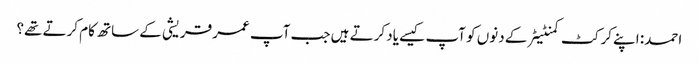
احمد: اپنے کرکٹ کمنٹیٹر کے دنوں کو آپ کیسے یاد کرتے ہیں جب آپ عمر قریشی کے ساتھ کام کرتے تھے؟